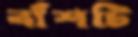
বাঁশটি